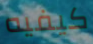
كيفيه